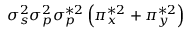
\sigma _ { s } ^ { 2 } \sigma _ { p } ^ { 2 } \sigma _ { p } ^ { * 2 } \left( \pi _ { x } ^ { * 2 } + \pi _ { y } ^ { * 2 } \right)